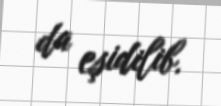
da eşidilib.